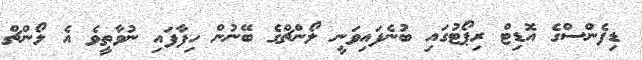
ޑިފެންސްގެ އޮޑިޓް ރިޕޯޓުގައި ބުނެފައިވަނީ ލޯންޗްގެ ބޭނުން ހިފާފައި ނުވާތީވެ އެ ލޯންޗް